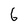
Character: 6